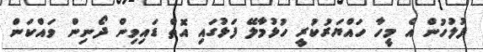
ފުލުހުން އެ މީހާ ހައްޔަރުކުރީ ހުޅުމާލޭ ފަޅުގައި އޮތް ޑައިވިން ދޯނިން ވައްކަން